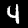
Digit: 4